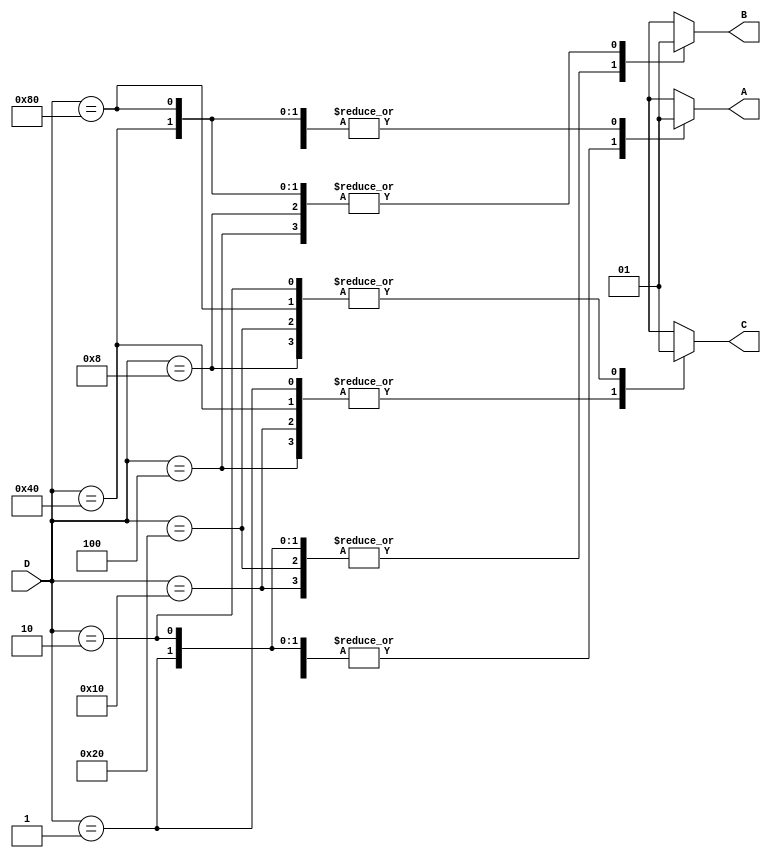
`timescale 1ns / 1ps
//////////////////////////////////////////////////////////////////////////////////

// ID          : N180116
//Branch       : ECE
//Project Name : RTL design using Verilog
//Design  Name : 8 TO 3 ENCODER
//Module  Name : ENCODER_8x3
//RGUKT NUZVID 
//////////////////////////////////////////////////////////////////////////////////


module ENCODER_8x3(D,A,B,C);
input [7:0]D;
output reg A,B,C;
always@(D) begin
    case({D})
        8'b00000001 : begin A=1'b0; B=1'b0; C=1'b0; end
        8'b00000010 : begin A=1'b0; B=1'b0; C=1'b1; end
        8'b00000100 : begin A=1'b0; B=1'b1; C=1'b0; end
        8'b00001000 : begin A=1'b0; B=1'b1; C=1'b1; end
        8'b00010000 : begin A=1'b1; B=1'b0; C=1'b0; end
        8'b00100000 : begin A=1'b1; B=1'b0; C=1'b1; end
        8'b01000000 : begin A=1'b1; B=1'b1; C=1'b0; end
        8'b10000000 : begin A=1'b1; B=1'b1; C=1'b1; end
        default     : begin A=1'bx; B=1'bx; C=1'bx; end
    endcase
end
endmodule